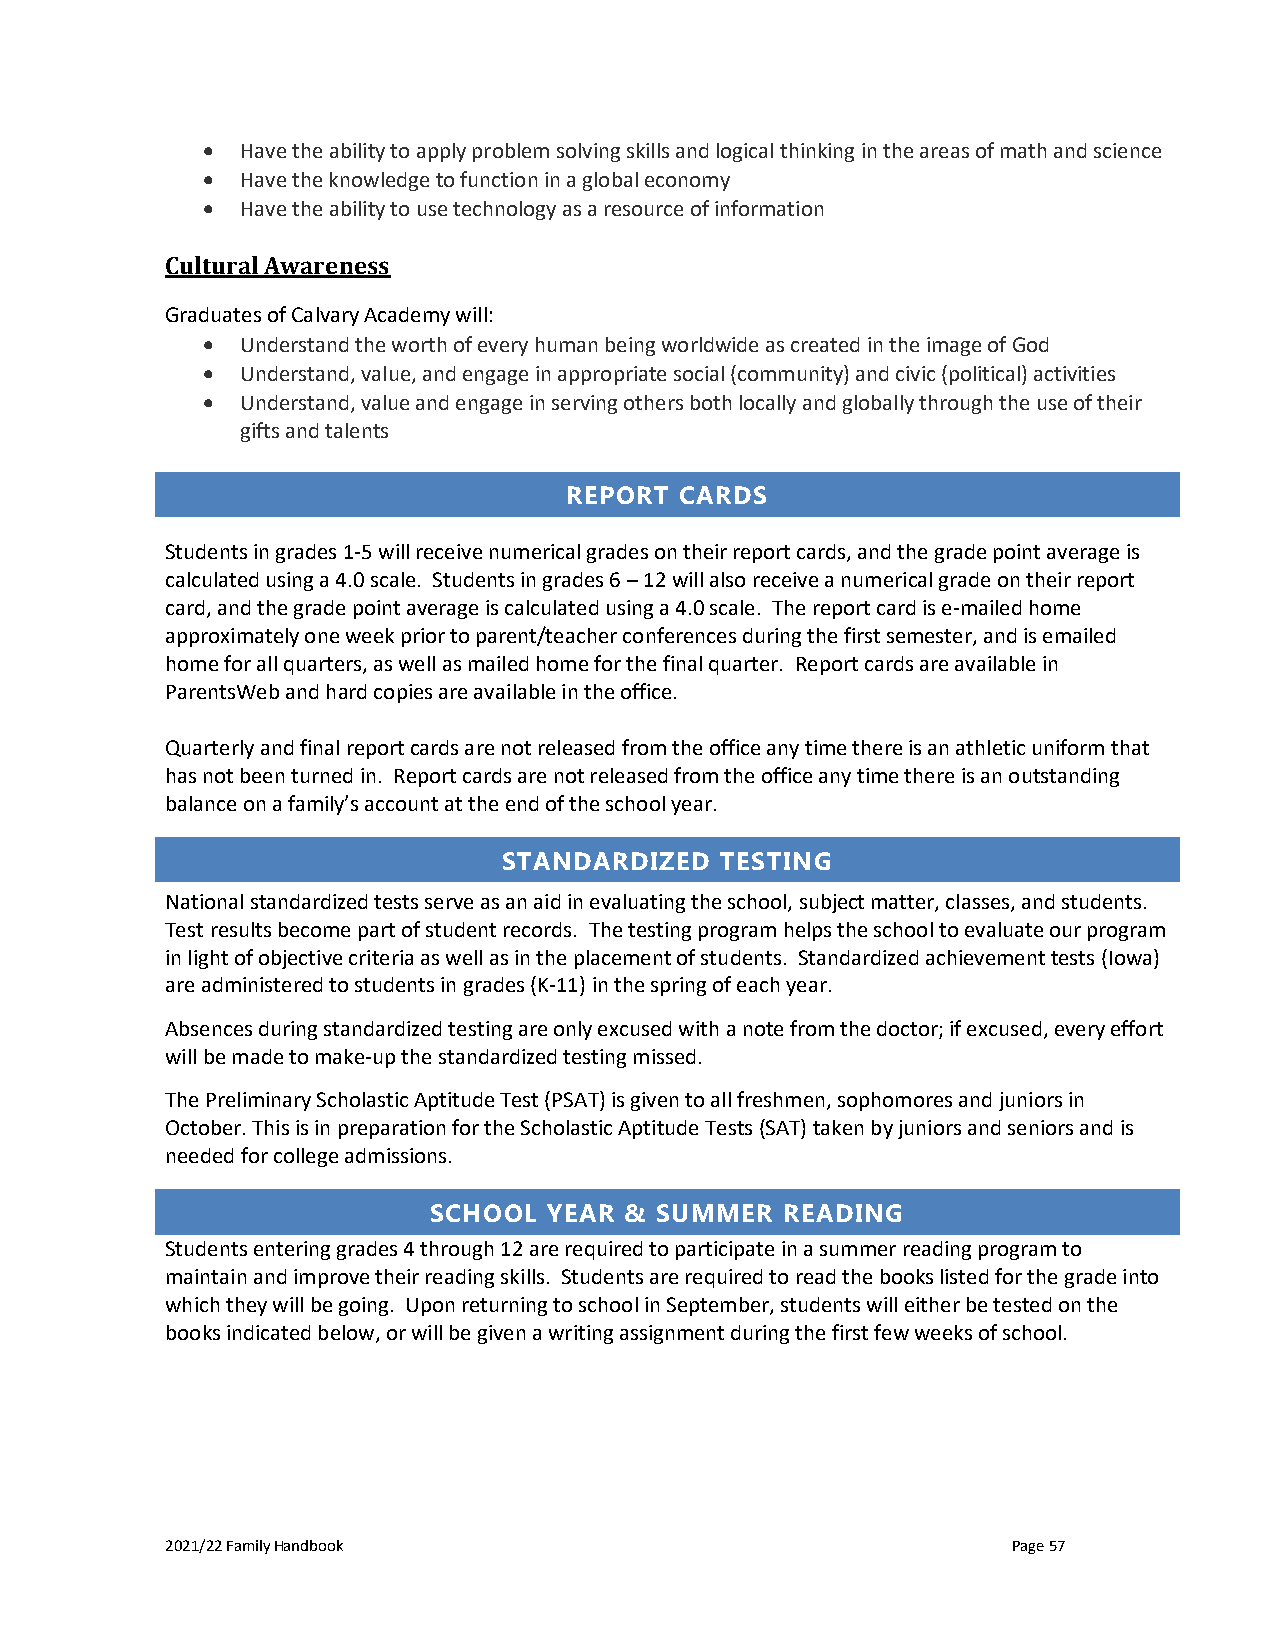
•  Have the ability to apply problem solving skills and logical thinking in the areas of math and science
 •  Have the knowledge to function in a global economy
 •  Have the ability to use technology as a resource of information
 Cultural Awareness
 Graduates of Calvary Academy will:
 •  Understand the worth of every human being worldwide as created in the image of God
 •  Understand, value, and engage in appropriate social (community) and civic (political) activities
 •  Understand, value and engage in serving others both locally and globally through the use of their
 gifts and talents
 REPORT  CARDS
 Students in grades 1-5 will receive numerical grades on their report cards, and the grade point average is
 calculated using a 4.0 scale. Students in grades 6 – 12 will also receive a numerical grade on their report
 card, and the grade point average is calculated using a 4.0 scale. The report card is e-mailed home
 approximately one week prior to parent/teacher conferences during the first semester, and is emailed
 home for all quarters, as well as mailed home for the final quarter. Report cards are available in
 ParentsWeb and hard copies are available in the office.
 Quarterly and final report cards are not released from the office any time there is an athletic uniform that
 has not been turned in. Report cards are not released from the office any time there is an outstanding
 balance on a family’s account at the end of the school year.
 STANDARDIZED   TESTING
 National standardized tests serve as an aid in evaluating the school, subject matter, classes, and students.
 Test results become part of student records. The testing program helps the school to evaluate our program
 in light of objective criteria as well as in the placement of students. Standardized achievement tests (Iowa)
 are administered to students in grades (K-11) in the spring of each year.
 Absences during standardized testing are only excused with a note from the doctor; if excused, every effort
 will be made to make-up the standardized testing missed.
 The Preliminary Scholastic Aptitude Test (PSAT) is given to all freshmen, sophomores and juniors in
 October. This is in preparation for the Scholastic Aptitude Tests (SAT) taken by juniors and seniors and is
 needed for college admissions.
 SCHOOL  YEAR & SUMMER   READING
 Students entering grades 4 through 12 are required to participate in a summer reading program to
 maintain and improve their reading skills. Students are required to read the books listed for the grade into
 which they will be going. Upon returning to school in September, students will either be tested on the
 books indicated below, or will be given a writing assignment during the first few weeks of school.
 2021/22 Family Handbook                                 Page 57